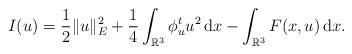
LaTeX: \begin{align*}I(u) = \frac{1}{2}\|u\|_E^2+\frac{1}{4}\int_{{\mathbb{R}}^3}\phi_u^{t}u^2\,\mathrm{d}x-\int_{{\mathbb{R}}^3}F(x,u)\,\mathrm{d}x.\end{align*}